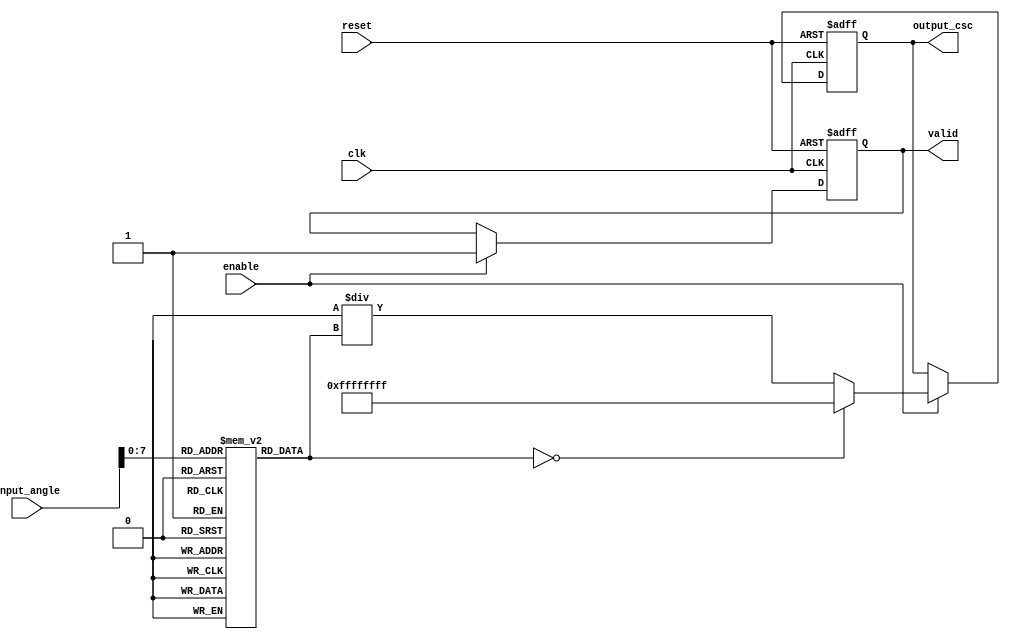
module Cosecant (
    input wire clk,
    input wire reset,
    input wire enable,
    input wire [15:0] input_angle, // Angle in fixed-point representation (16 bits)
    output reg [31:0] output_csc,   // Cosecant value in fixed-point representation (32 bits)
    output reg valid                 // Output valid signal
);
    reg [31:0] sine_value; // Sine value (32 bits)
    reg [31:0] sine_table [0:255]; // Lookup table for sine values (256 entries)

    // Initialize the sine lookup table (values should be pre-computed)
    initial begin
        // Example values for sine table (in fixed-point format)
        sine_table[0] = 32'h00000000; // sin(0)
        sine_table[1] = 32'h00000000; // sin(1)
        // Fill in the rest of the sine values...
        // sine_table[n] = sin(n * (PI / 128)); // Example for 256 entries
    end

    always @(posedge clk or posedge reset) begin
        if (reset) begin
            output_csc <= 32'hFFFFFFFF; // Default to an error value (infinity)
            valid <= 0;
        end else if (enable) begin
            // Get sine value from the lookup table
            sine_value = sine_table[input_angle[7:0]]; // Assuming input_angle is scaled to fit table
            
            // Check for sine value being zero
            if (sine_value == 32'h00000000) begin
                output_csc <= 32'hFFFFFFFF; // Output infinity or error signal
            end else begin
                // Compute cosecant: csc(x) = 1/sin(x)
                output_csc <= (32'h00000001 << 32) / sine_value; // Fixed-point division
            end
            
            valid <= 1; // Indicate that output is valid
        end
    end
endmodule